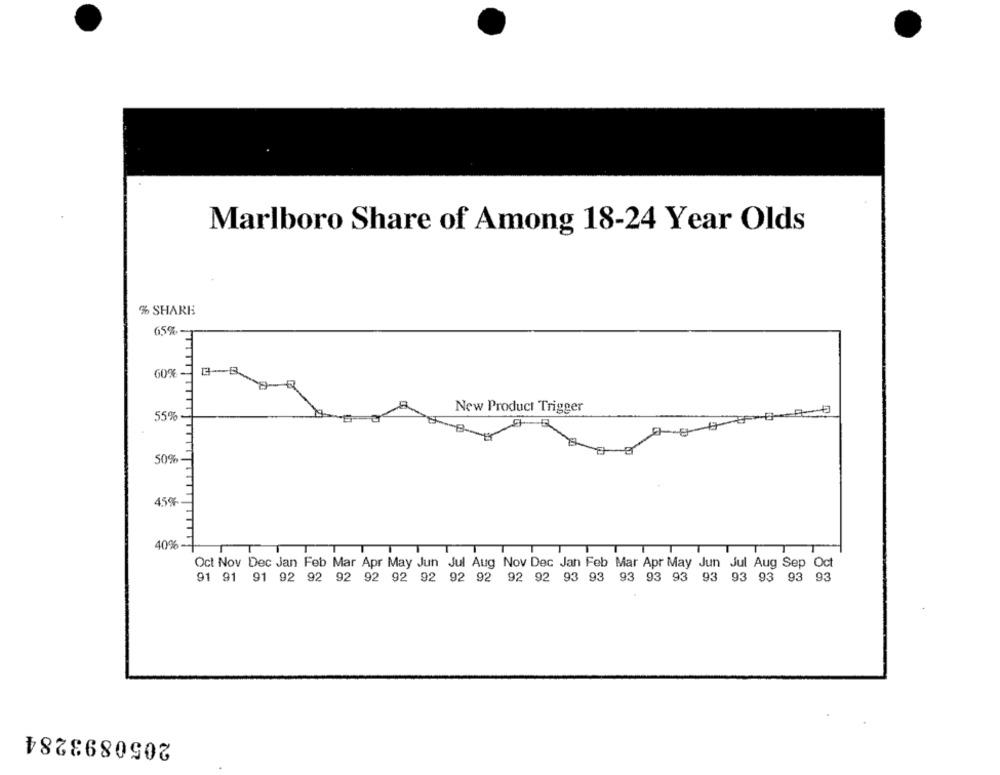
Marlboro Share of Among 18-24 Year Olds
% SHARE
65%.
60%-
New Product Trigger
55%
50%
45%
40%-
Oct Nov Dec Jan Feb Mar Apr May Jun Jul Aug Nov Dec Jan Feb Mar Apr May Jun Jul Aug Sep Oct
91 91 91 92 92 92 92 92 92 92 92 92 92 93 93 93 93 93 93 93 93 93 93
2050893284